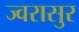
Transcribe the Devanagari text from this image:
ज्वरासुर